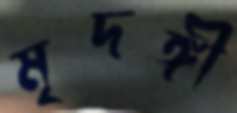
মৃদঙ্গী